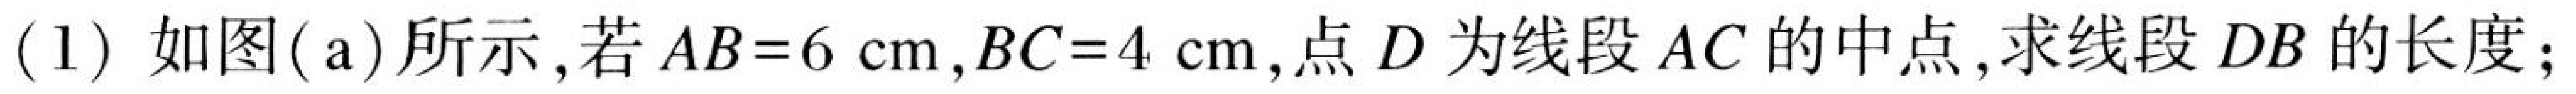
(1) 如图(a)所示,若 \(AB = 6\mathrm{cm}\),\(BC = 4\mathrm{cm}\),点 \(D\) 为线段 \(AC\)的中点,求线段 \(DB\)的长度;